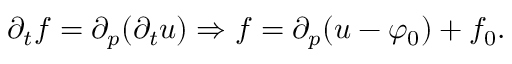
\partial _ { t } f = \partial _ { p } ( \partial _ { t } u ) \Rightarrow f = \partial _ { p } ( u - \varphi _ { 0 } ) + f _ { 0 } .